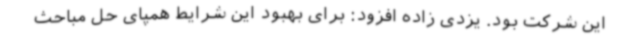
این شرکت بود. یزدی زاده افزود: برای بهبود این شرایط همپای حل مباحث